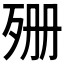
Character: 𣧱